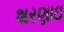
શરણાઇ